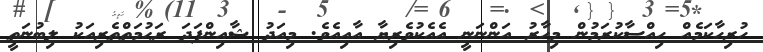
ހުރިހާކަމެއް ހިއްސާކުރަމުން މިހާރު އަންނަނީ އެއެކުވެރިޔާ އާއިއެވެ. މިއަދު ޝާއިންފަދަ ރަޙުމަތްތެރިއަކު ލިބުނަތީ